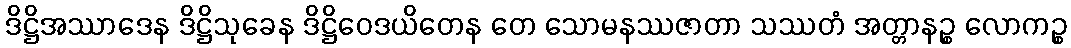
ဒိဋ္ဌိအဿာဒေန ဒိဋ္ဌိသုခေန ဒိဋ္ဌိဝေဒယိတေန တေ သောမနဿဇာတာ သဿတံ အတ္တာနဉ္စ လောကဉ္စ